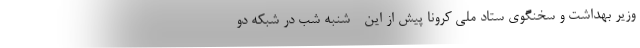
وزیر بهداشت و سخنگوی ستاد ملی کرونا پیش از این - شنبه شب در شبکه دو